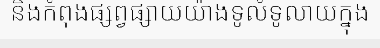
និងកំពុងផ្សព្វផ្សាយយ៉ាងទូលំទូលាយក្នុង